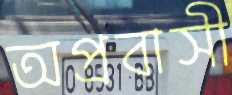
অপ্রবাসী